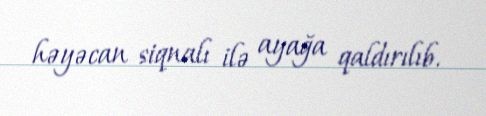
həyəcan siqnalı ilə ayağa qaldırılıb.